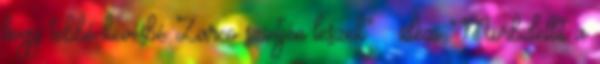
hogy többé-kevésbé Zarco szintjén leszek” – idézi Morbidellit a